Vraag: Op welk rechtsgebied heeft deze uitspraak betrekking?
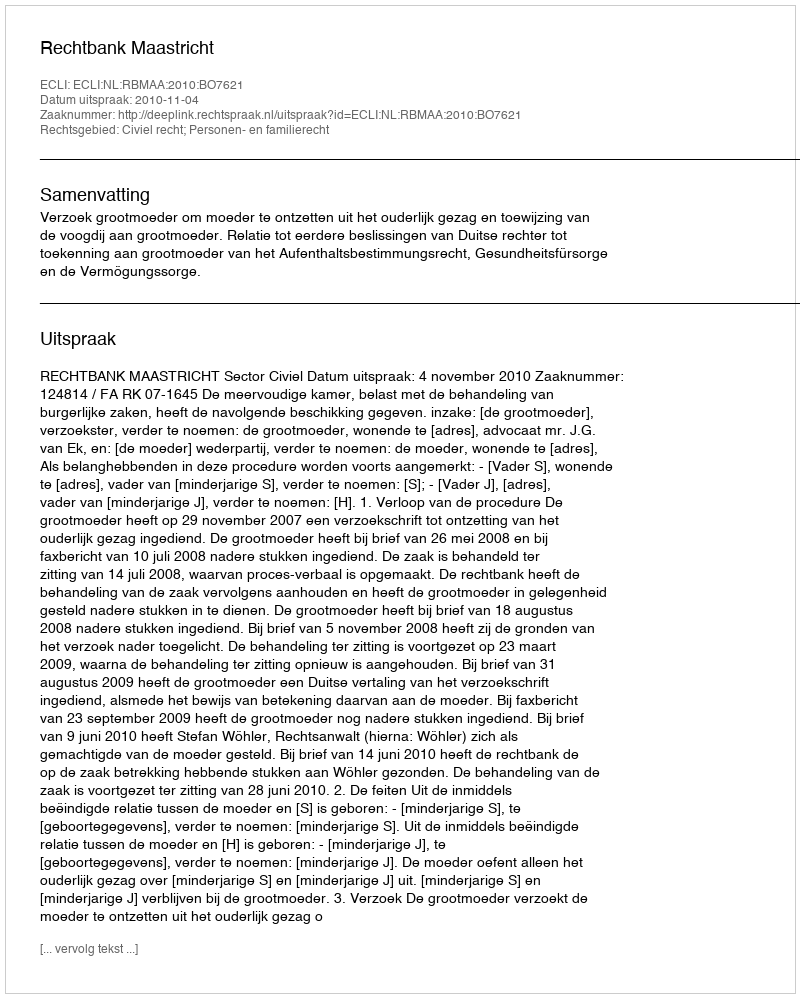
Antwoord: Civiel recht; Personen- en familierecht